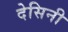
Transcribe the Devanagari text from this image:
देसिनी